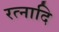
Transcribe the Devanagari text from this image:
रत्नादि